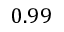
0 . 9 9